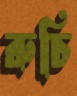
রুচি